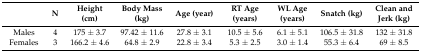
<table><thead><tr><td></td><td><b>N</b></td><td><b>Height (cm)</b></td><td><b>Body Mass (kg) </b></td><td><b>Age (year) </b></td><td><b>RT Age (years)</b></td><td><b>WL Age (years)</b></td><td><b>Snatch (kg)</b></td><td><b>Clean and Jerk (kg)</b></td></tr></thead><tbody><tr><td>Males</td><td>4</td><td>175 ± 3.7</td><td>97.42 ± 11.6</td><td>27.8 ± 3.1</td><td>10.5 ± 5.6</td><td>6.1 ± 5.1</td><td>106.5 ± 31.8</td><td>132 ± 31.8</td></tr><tr><td>Females</td><td>3</td><td>166.2 ± 4.6</td><td>64.8 ± 2.9</td><td>22.8 ± 3.4</td><td>5.3 ± 2.5</td><td>3.0 ± 1.4</td><td>55.3 ± 6.4</td><td>69 ± 8.5</td></tr></tbody></table>